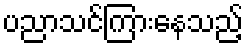
ပညာသင်ကြားနေသည့်